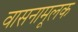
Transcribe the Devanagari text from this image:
वासनामूलक